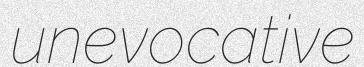
unevocative